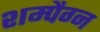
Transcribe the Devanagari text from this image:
शम्पैग्न